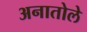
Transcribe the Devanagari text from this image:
अनातोले